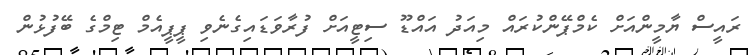
ރައީސް ޔާމީންއަށް ކެމްޕޭންކުރައް މިއަދު އައްޑޫ ސިޓީއަށް ފުރާވަޑައިގެނެވި ޕީޕީއެމް ޓިމްގެ ބޭފުޅުން